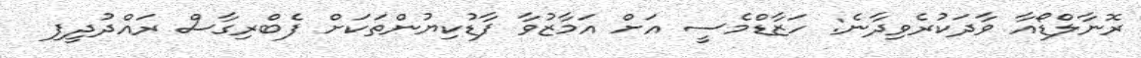
ރޮނާލްޑޯއާ ވާދަކުރެވިދާނެ: ހަޒާޑްމެސީ އަށް އަމާޒުވާ ފާޑުކިޔުންތަކަށް ފެބްރިގާސް ރައްދުދީފި